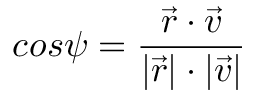
c o s \psi = \frac { \vec { r } \cdot \vec { v } } { \vert \vec { r } \vert \cdot \vert \vec { v } \vert }